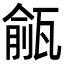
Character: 㼶